Annual report on the Civil Veterinary Department, Burma (including the Insein Veterinary School) - 1932-1941
Year: 1932
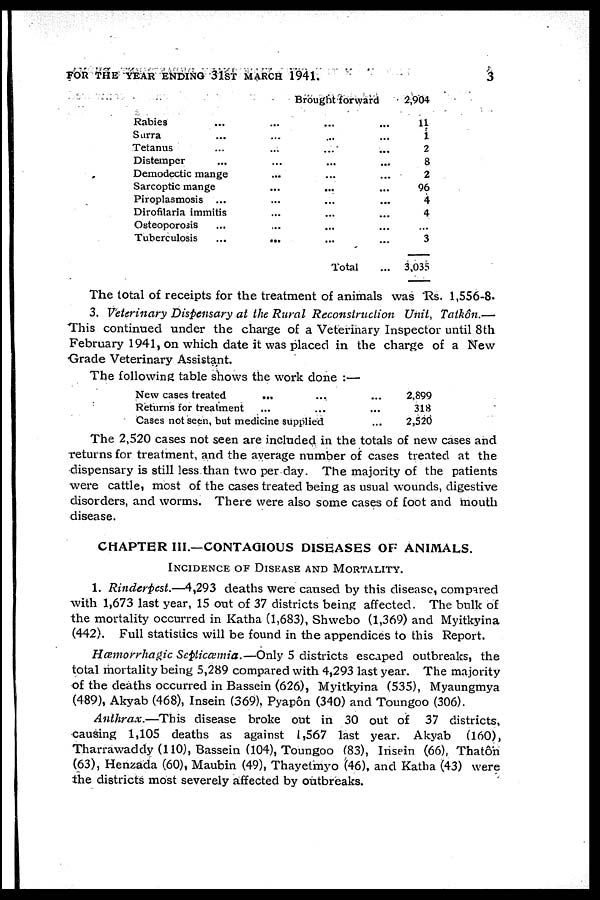
FOR THE YEAR ENDING 31ST MARCH 1941.
3
Rabies
Surra
Tetanus
Distemper
...
...
...
...
Demodectic mange
Sarcoptic mange
Piroplasmosis ...
Dirofilaria immitis
Osteoporosis
Tuberculosis
...
...
Brought forward
...
...
...
...
...
...
...
...
...
...
...
...
...
...
...
...
...
...
...
...
Total
...
...
...
...
...
...
...
...
...
...
...
2,904
11
1
2
8
2
96
4
4
3
3,035
The total of receipts for the treatment of animals was Rs. 1,556-8.
3. Veterinary Dispensary at the Rural Reconstruction Unit, Tatkôn.—
This continued under the charge of a Veterinary Inspector until 8th
February 1941, on which date it was placed in the charge of a New
Grade Veterinary Assistant.
The following table shows the work done :—
New cases treated
... ...
Returns for treatment ... ...
Cases not seen, but medicine supplied
... 2,899
... 318
... 2,520
The 2,520 cases not seen are included in the totals of new cases and
returns for treatment, and the average number of cases treated at the
dispensary is still less than two per day. The majority of the patients
were cattle, most of the cases treated being as usual wounds, digestive
disorders, and worms. There were also some cases of foot and mouth
disease.
CHAPTER III.—CONTAGIOUS DISEASES OF ANIMALS.
INCIDENCE OF DISEASE AND MORTALITY.
1. Rinderpest.—4,293 deaths were caused by this disease, compared
with 1,673 last year, 15 out of 37 districts being affected. The bulk of
the mortality occurred in Katha (1,683), Shwebo (1,369) and Myitkyina
(442). Full statistics will be found in the appendices to this Report.
Hæmorrhagic Scpticæmia.—Only 5 districts escaped outbreaks, the
total mortality being 5,289 compared with 4,293 last year. The majority
of the deaths occurred in Bassein (626), Myitkyina (535), Myaungmya
(489), Akyab (468), Insein (369), Pyapôn (340) and Toungoo (306).
Anthrax.—This disease broke out in 30 out of 37 districts,
causing 1,105 deaths as against 1,567 last year. Akyab (160),
Tharrawaddy (110), Bassein (104), Toungoo (83), Insein (66), Thatôn
(63), Henzada (60), Maubin (49), Thayelmyo (46), and Katha (43) were
the districts most severely affected by outbreaks.